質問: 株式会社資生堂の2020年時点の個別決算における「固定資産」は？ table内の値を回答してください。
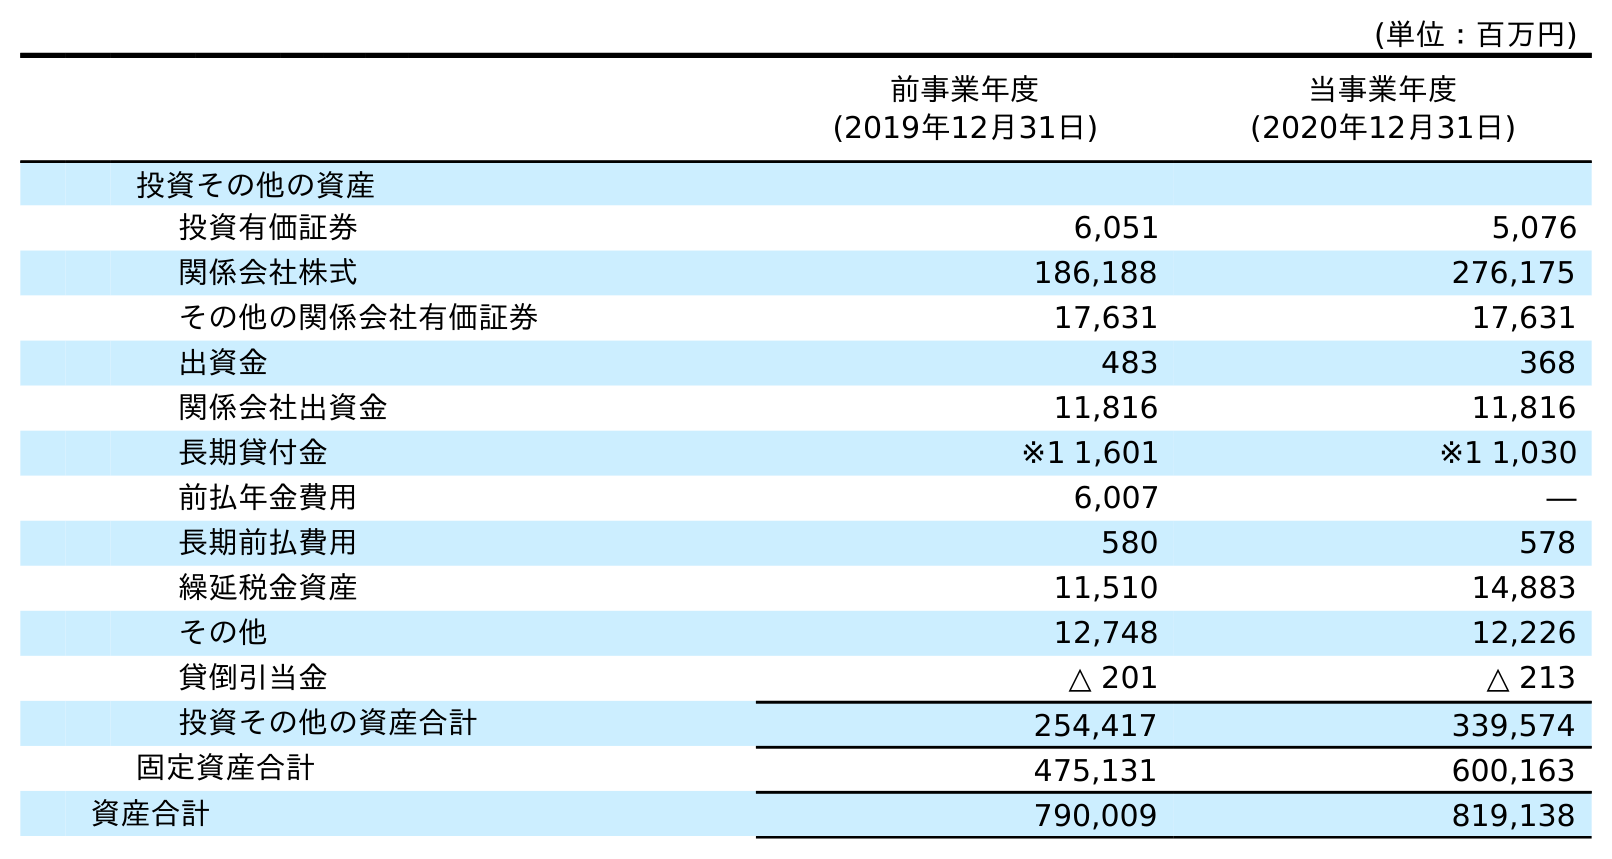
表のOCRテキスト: (単位：百万円) 前事業年度 (2019年12月31日) 当事業年度 (2020年12月31日) 投資その他の資産 投資有価証券 6,051 5,076 関係会社株式 186,188 276,175 その他の関係会社有価証券 17,631 17,631 出資金 483 368 関係会社出資金 11,816 11,816 長期貸付金 ※1 1,601 ※1 1,030 前払年金費用 6,007 ― 長期前払費用 580 578 繰延税金資産 11,510 14,883 その他 12,748 12,226 貸倒引当金 △ 201 △ 213 投資その他の資産合計 254,417 339,574 固定資産合計 475,131 600,163 資産合計 790,009 819,138
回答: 600,163